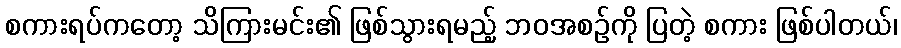
စကားရပ်ကတော့ သိကြားမင်း၏ ဖြစ်သွားရမည့် ဘဝအစဉ်ကို ပြတဲ့ စကား ဖြစ်ပါတယ်၊